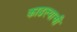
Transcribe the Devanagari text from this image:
काढल्याची